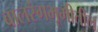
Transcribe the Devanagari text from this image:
बालरंगभूमीतील